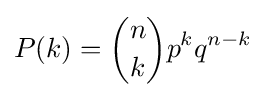
P(k)={n \choose k}p^{k}q^{n-k}